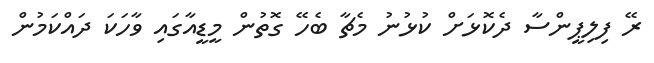
ރޭ ފިލިޕީންސާ ދެކޮޅަށް ކުޅުނު މެޗާ ބެހޭ ގޮތުން މީޑީއާގައި ވާހަކަ ދައްކަމުން